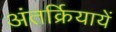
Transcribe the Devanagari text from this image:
अंतर्क्रियायें